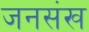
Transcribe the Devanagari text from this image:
जनसंख